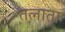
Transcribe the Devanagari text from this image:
तलाता